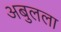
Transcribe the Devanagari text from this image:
अबुलला